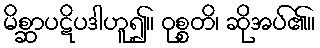
မိစ္ဆာပဋိပဒါဟူ၍။ ဝုစ္စတိ၊ ဆိုအပ်၏။